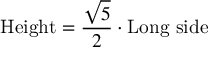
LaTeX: { \mathrm { H e i g h t } } = { \frac { \sqrt { 5 } } { 2 } } \cdot { \mathrm { L o n g ~ s i d e } }